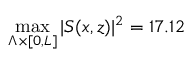
\operatorname* { m a x } _ { \Lambda \times \lbrack 0 , L \rbrack } \vert S ( x , z ) \vert ^ { 2 } = 1 7 . 1 2